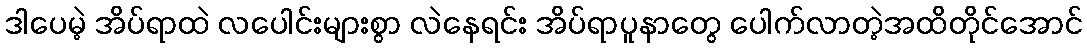
ဒါပေမဲ့ အိပ်ရာထဲ လပေါင်းများစွာ လဲနေရင်း အိပ်ရာပူနာတွေ ပေါက်လာတဲ့အထိတိုင်အောင်